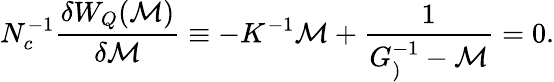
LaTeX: N_{c}^{-1}{\frac{\delta W_{Q}({\cal M})}{\delta{\cal M}}}\equiv-K^{-1}{\cal M}+{\frac{1}{G_{)}^{-1}-{\cal M}}}=0.